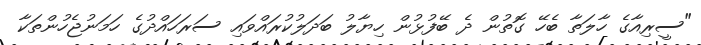
"ސީރިއާގެ ހާލަތާ ބެހޭ ގޮތުން ދެ ބޭފުޅުން ހިޔާލު ބަދަލުކުރައްވައި ސަރަހައްދުގެ ހަމަނުޖެހުންތަކާ